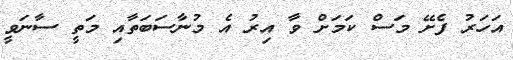
އަހަރު ފެށޭ މަސް ކަމަށް ވާ އިރު އެ މުނާސަބަތާއި މަތީ ސާނަވީ